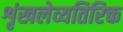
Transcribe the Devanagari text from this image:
शृंखलेव्यतिरिक्त